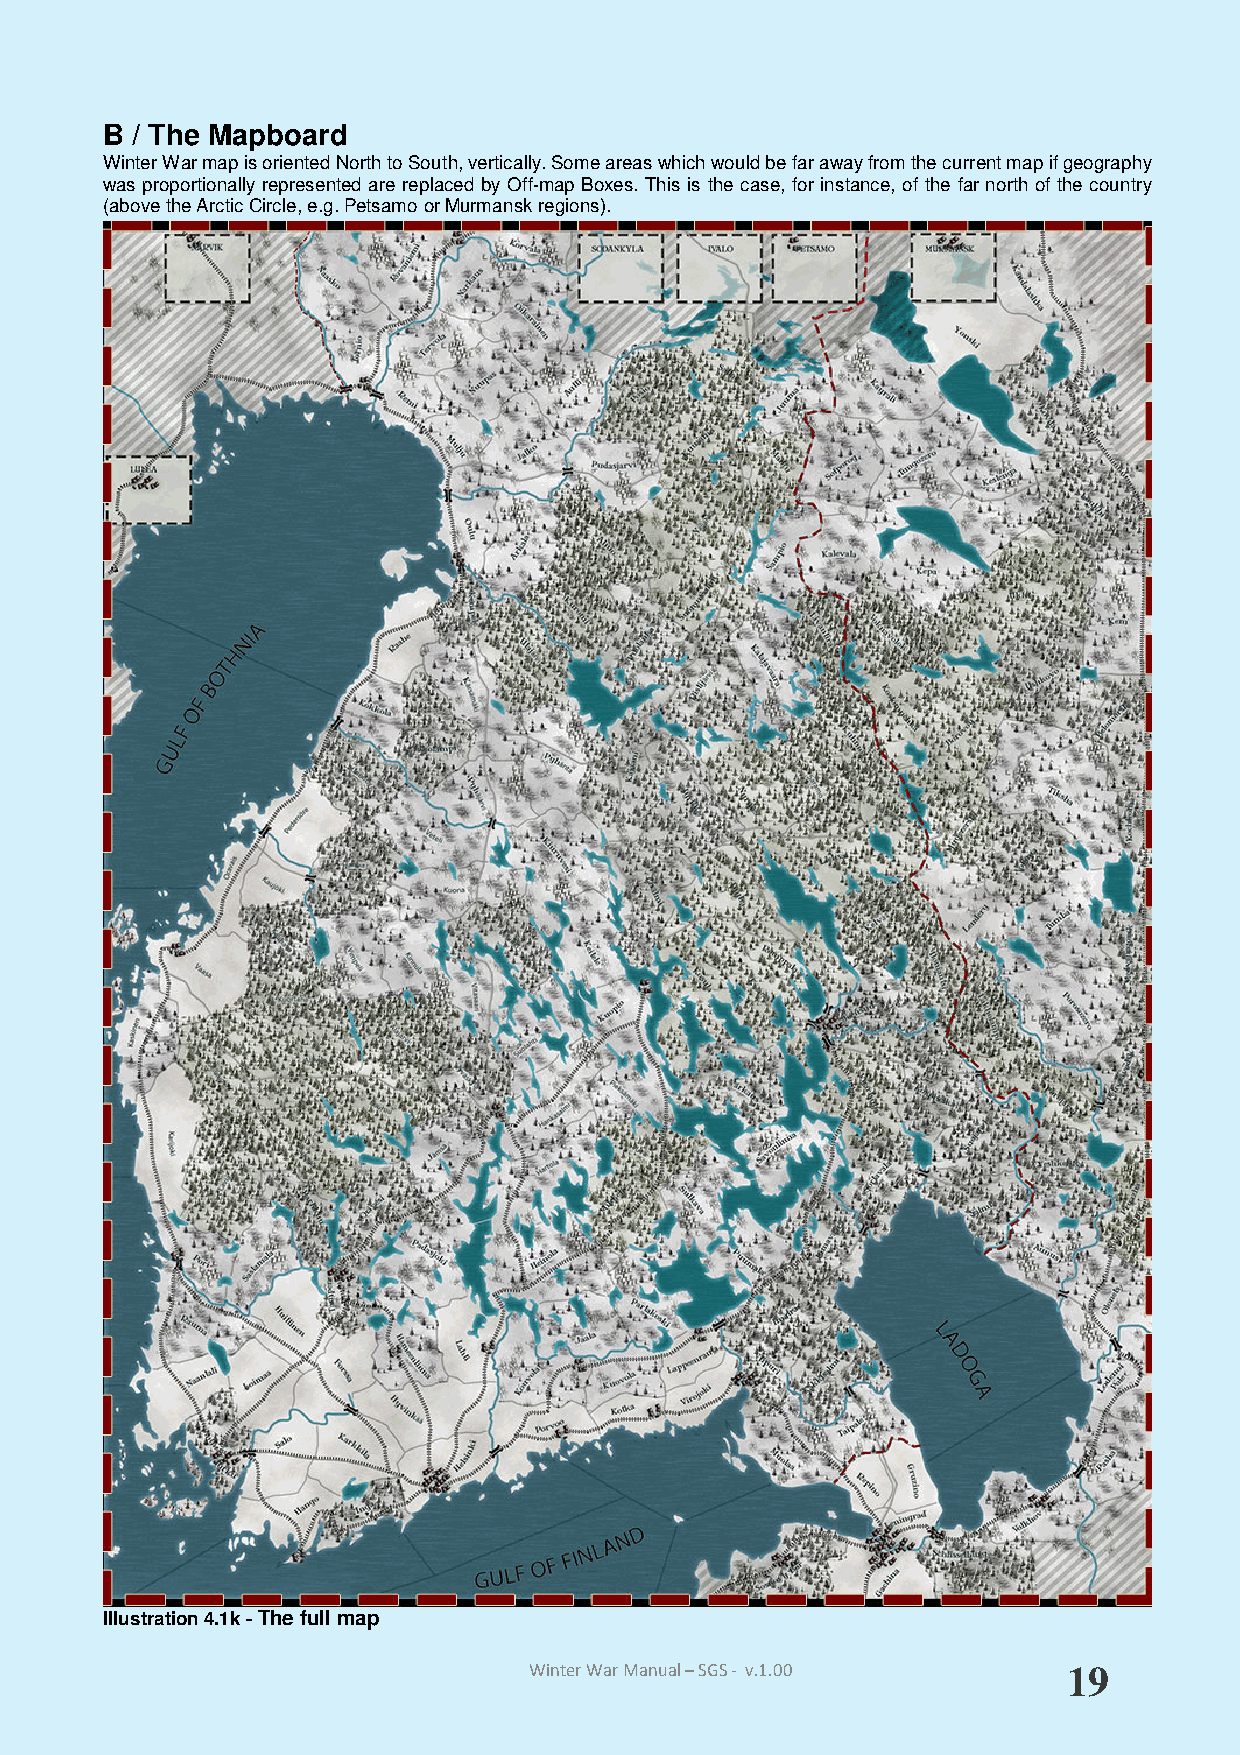
B / The Mapboard
 Winter War map is oriented North to South, vertically. Some areas which would be far away from the current map if geography
 was proportionally represented are replaced by Off-map Boxes. This is the case, for instance, of the far north of the country
 (above the Arctic Circle, e.g. Petsamo or Murmansk regions).
 Illustration 4.1k - The full map
 Winter War Manual – SGS - v.1.00    19